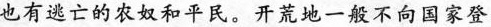
也有逃亡的农奴和平民。开荒地一般不向国家登